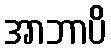
အာဘာပိ